King Institute of Preventive Medicine Bacteriolog. Section reports 1907-08
Year: 1907
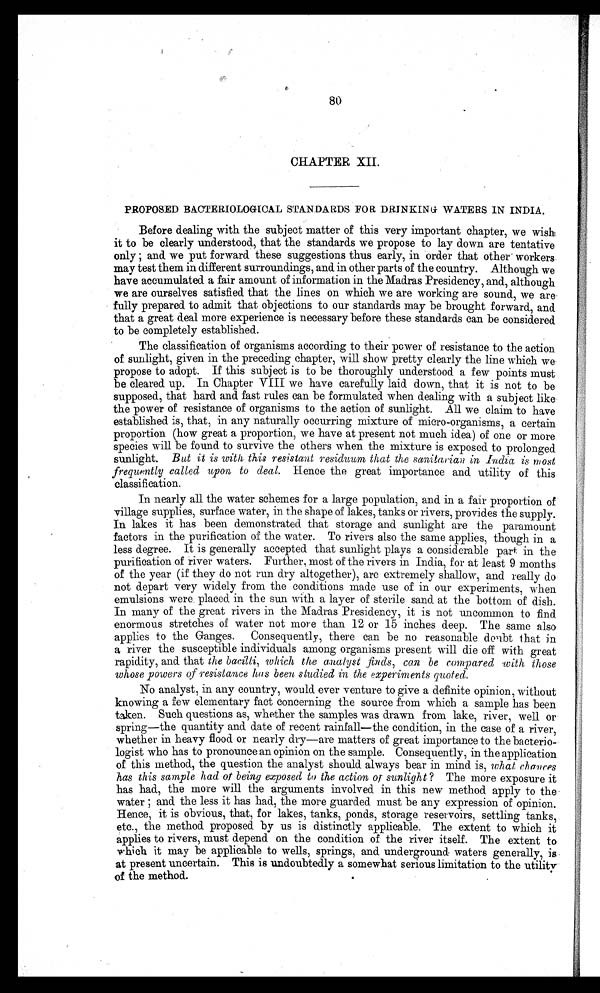
8 0
CHAPTER XII.
PROPOSED BACTERIOLOGICAL STANDARDS FOR DRINKING WATERS IN INDIA .
Before dealing with the subject matter of this very important chapter, we wish
it to be clearly understood, that the standards we propose to lay down are tentative
only ; and. we put forward these suggestions thus early, in order that other workers
may test them in different surroundings, and in other parts of the country. Although we
have accumulated a fair amount of information in the Madras Presidency, and, although
we are ourselves satisfied that the lines on which we are working are sound, we are
• fully prepared to admit that objections to our standards may be brought forward, and
that a great deal more experience is necessary before these standards can be considered
to be completely established.
The classification of organisms according to their power of resistance to the action
of sunlight, given in the preceding chapter, will show pretty clearly the line which we
propose to adopt. If this subject is to be thoroughly understood a few points must
be cleared up. In Chapter VIII we have carefully laid. down, that it is not to be
supposed, that hard and fast rules can be formulated when dealing with a subject like
the power of resistance of organisms to the action of sunlight. All we claim to have
established is, that, in any naturally occurring mixture of micro-organisms, a certain
proportion (how great a proportion, we have at present not much idea) of one or more
species will be found to survive the others when the mixture is exposed to prolonged
sunlight. But it is with this resistant residuum that the sanitarian in India is most
frequently called upon to deal. Hence the great importance and utility of this
classification.
In nearly all the water schemes for a large population, and in a fair proportion of
village supplies, surface water, in the shape of lakes, tanks or rivers, provides the supply.
In lakes it has been demonstrated that storage and sunlight are the paramount
factors in the purification of the water. To rivers also the same applies, though in a
less degree. It is generally accepted that sunlight plays a considerable part in the
purification of river waters. Further, most of the rivers in India, for at least 9 months
of the year (if they do not run dry altogether), are extremely shallow, and really do
not depart very widely from the conditions made use of in our experiments, when
emulsions were placed in the sun with a layer of sterile sand at the bottom of dish.
In many of the great rivers in the Madras Presidency, it is not uncommon to find
enormous stretches of water not more than 12 or 15 inches deep. The same also
applies to the Ganges. Consequently, there can be no reasonable deub t that in
a river the susceptible individuals among organisms present will die off with great
rapidity, and that the bacilli, which the analyst finds, can be compared with those
whose powers of resistance hos been studied in the experiments quoted.
No analyst, in any country, would ever venture to give a definite opinion, without
knowing a few elementary fact concerning the source from which a sample has been
taken. Such questions as, whether the samples was drawn from lake, river, well or.
spring—the quantity and date of recent rainfall—the condition, in the case of a river,
whether in heavy flood or nearly dry—are matters of great importance to the bacterio-•
logist who has to pronounce an opinion on the sample. Consequently, in the application
of this method, the question the analyst should always bear in mind is, what chances
has this sample had of being exposed to the action or sunlight? The more exposure it
has had, the more will the arguments involved in this new method apply to the
water ; and the less it has had, the more guarded must be any expression of opinion.
Hence, it is obvious, that, for lakes, tanks, ponds, storage reservoirs, settling tanks,
etc., the method proposed by us is distinctly applicable. The extent to which it
applies to rivers, must depend on the condition of the river itself. The extent to
which it may be applicable to wells, springs, and underground waters generally, is
at present uncertain. This is undoubtedly a somewhat serious limitation to the utility
of the method.